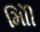
મોિી